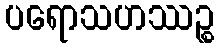
ပရောသဟဿဉ္စ